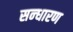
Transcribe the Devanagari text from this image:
सन्‍धारण